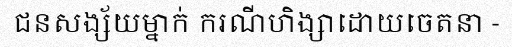
ជនសង្ស័យម្នាក់ ករណីហិង្សាដោយចេតនា -